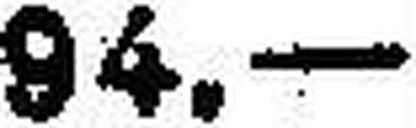
94.—